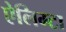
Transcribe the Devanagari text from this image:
ऐलिम्टा